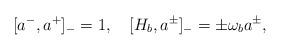
LaTeX: \begin{align*}[a^-, a^+]_{-} = 1, \quad [H_b, a^{\pm}]_{-} = \pm \omega_b a^{\pm},\end{align*}